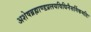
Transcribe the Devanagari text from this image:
अशेषब्रह्माण्डप्रलयविधिनैसर्गिकमतिः